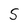
Character: S